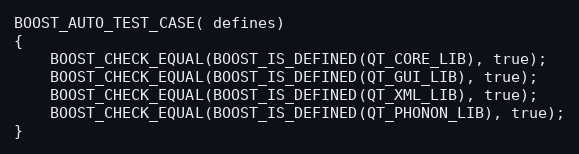
Language: C++
BOOST_AUTO_TEST_CASE( defines)
{
    BOOST_CHECK_EQUAL(BOOST_IS_DEFINED(QT_CORE_LIB), true);
    BOOST_CHECK_EQUAL(BOOST_IS_DEFINED(QT_GUI_LIB), true);
    BOOST_CHECK_EQUAL(BOOST_IS_DEFINED(QT_XML_LIB), true);
    BOOST_CHECK_EQUAL(BOOST_IS_DEFINED(QT_PHONON_LIB), true);
}